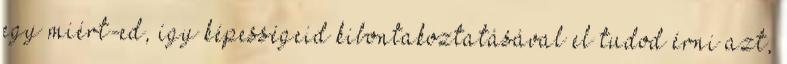
egy miért-ed, így képességeid kibontakoztatásával el tudod érni azt,